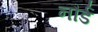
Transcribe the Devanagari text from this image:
नौर्ड